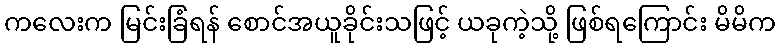
ကလေးက မြင်းခြံရန် စောင်အယူခိုင်းသဖြင့် ယခုကဲ့သို့ ဖြစ်ရကြောင်း မိမိက